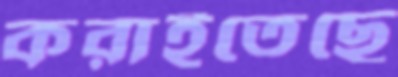
করাইতেছে